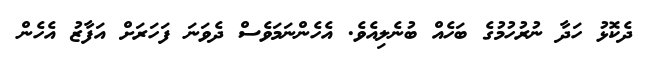
ދެކޮޅު ހަދާ ނުރުހުމުގެ ބަހެއް ބުނެލިއެވެ. އެހެންނަމަވެސް ދެވަނަ ފަހަރަށް އަފާޒު އެހެން